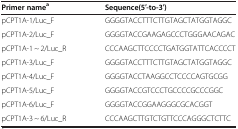
<table><thead><tr><td><b>Primer name<sup>a</sup></b></td><td><b>Sequence(5′-to-3′)</b></td></tr></thead><tbody><tr><td>pCPT1A-1/Luc_F</td><td>GGGGTACCTTTCTTGTAGCTATGGTAGGC</td></tr><tr><td>pCPT1A-2/Luc_F</td><td>GGGGTACCGAAGAGCCCTGGGAACAGAC</td></tr><tr><td>pCPT1A-1 ~ 2/Luc_R</td><td>CCCAAGCTTCCCCTGATGGTATTCACCCCT</td></tr><tr><td>pCPT1A-3/Luc_F</td><td>GGGGTACCTTTCTTGTAGCTATGGTAGGC</td></tr><tr><td>pCPT1A-4/Luc_F</td><td>GGGGTACCTAAGGCCTCCCCAGTGCGG</td></tr><tr><td>pCPT1A-5/Luc_F</td><td>GGGGTACCGTCCCTGCCCCGCCCGGC</td></tr><tr><td>pCPT1A-6/Luc_F</td><td>GGGGTACCGGAAGGGCGCACGGT</td></tr><tr><td>pCPT1A-3 ~ 6/Luc_R</td><td>CCCAAGCTTGTCTGTTCCCAGGGCTCTTC</td></tr></tbody></table>